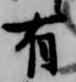
有